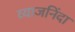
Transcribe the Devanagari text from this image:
व्याजनिंदा